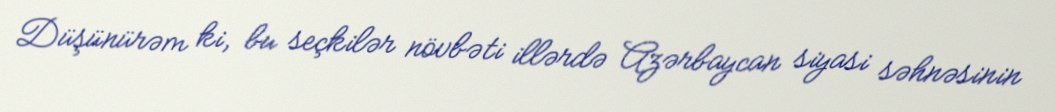
Düşünürəm ki, bu seçkilər növbəti illərdə Azərbaycan siyasi səhnəsinin